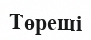
Төреші